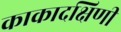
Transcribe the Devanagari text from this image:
काकादक्षिणी